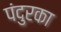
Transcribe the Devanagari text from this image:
पंदुरका